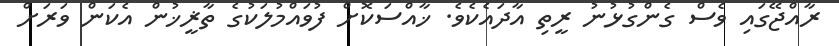
ރާއްޖޭގައި ވެސް ގެންގުޅުނު ރީތި އާދައެކެވެ. ޚާއްސަކޮށް ފުވައްމުލަކުގެ ތާޜީޚުން އެކަން ވަރަށް